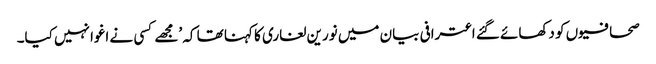
صحافیوں کو دکھائے گئے اعترافی بیان میں نورین لغاری کا کہنا تھا کہ ’مجھے کسی نے اغوا نہیں کیا۔